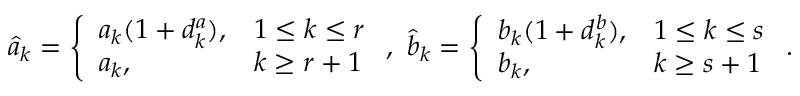
\widehat { a } _ { k } = \left\{ \begin{array} { l l } { a _ { k } ( 1 + d _ { k } ^ { a } ) , } & { 1 \leq k \leq r } \\ { a _ { k } , } & { k \geq r + 1 } \end{array} \right. , \ \widehat { b } _ { k } = \left\{ \begin{array} { l l } { b _ { k } ( 1 + d _ { k } ^ { b } ) , } & { 1 \leq k \leq s } \\ { b _ { k } , } & { k \geq s + 1 } \end{array} \right. .